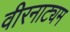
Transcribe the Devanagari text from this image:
वीरनाट्यम